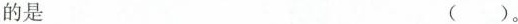
的是 （ ）。